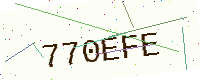
Text: 770EFE